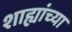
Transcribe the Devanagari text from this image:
शाह्यांच्या